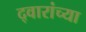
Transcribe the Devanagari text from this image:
द्वारांच्या